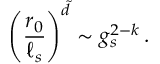
\left( { \frac { r _ { 0 } } { \ell _ { s } } } \right) ^ { \tilde { d } } \sim g _ { s } ^ { 2 - k } \, .